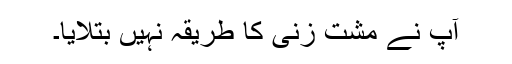
آپ نے مشت زنی کا طریقہ نہیں بتلایا۔